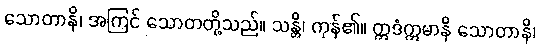
သောတာနိ၊ အကြင် သောတတို့သည်။ သန္တိ၊ ကုန်၏။ ဣဒံဣမာနိ သောတာနိ၊